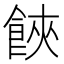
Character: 𩛩